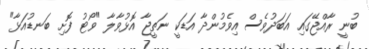
ބުނީ ރާއްޖޭގައި އަބަދުވެސް އިވެމުންދާ އަޑަކީ ނަތީޖާ އޮޅުވާލާ "ވޯޓު ފޮށި ބަނޑުއަޅާ"